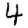
Digit: 4